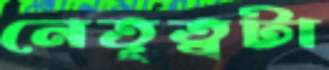
নেতৃত্বটা